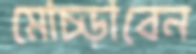
মোচ্‌ড়াবেন